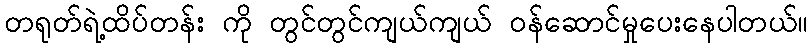
တရုတ်ရဲ့ထိပ်တန်း ကို တွင်တွင်ကျယ်ကျယ် ဝန်ဆောင်မှုပေးနေပါတယ်။